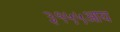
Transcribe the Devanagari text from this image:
३१५५आय